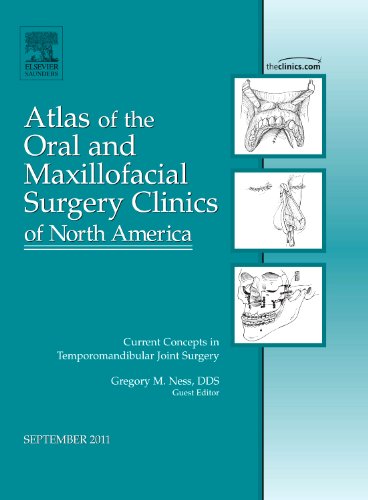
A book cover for Current Concepts in Temporomandibular Joint Surgery, An Issue of Atlas of the Oral and Maxillofacial Surgery Clinics, 1e (The Clinics: Dentistry); Gregory M. Ness DDS; Medical Books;